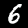
Digit: 6